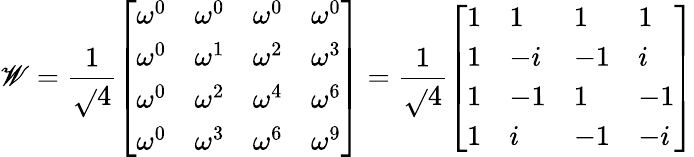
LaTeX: \mathscr{W}={\frac{{1}}{{\sqrt{}{{4}}}}}{\left[\begin{array}{llll}{\omega^{0}}&{\omega^{0}}&{\omega^{0}}&{\omega^{0}}\\ {\omega^{0}}&{\omega^{1}}&{\omega^{2}}&{\omega^{3}}\\ {\omega^{0}}&{\omega^{2}}&{\omega^{4}}&{\omega^{6}}\\ {\omega^{0}}&{\omega^{3}}&{\omega^{6}}&{\omega^{9}}\end{array}\right]}={\frac{{1}}{{\sqrt{}{{4}}}}}{\left[\begin{array}{llll}{1}&{1}&{1}&{1}\\ {1}&{-i}&{-1}&{i}\\ {1}&{-1}&{1}&{-1}\\ {1}&{i}&{-1}&{-i}\end{array}\right]}